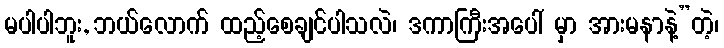
မပါပါဘူး, ဘယ်လောက် ထည့်စေချင်ပါသလဲ၊ ဒကာကြီးအပေါ် မှာ အားမနာနဲ့”တဲ့၊